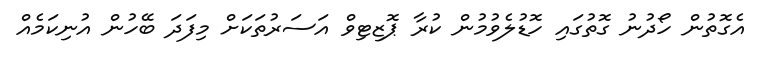
އެގޮތުން ހޯދުނު ގޮތުގައި ހޮޑުލެވުމުން ކުރާ ޕޮޒިޓިވް އަސަރުތަކަށް މިފަދަ ބޭހުން އުނިކަމެއް